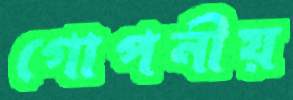
গোপনীয়